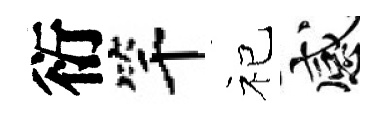
衍竿祀感